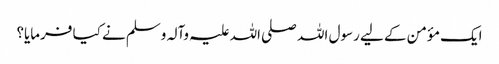
ایک مؤمن کے لیے رسول اللہ صلی اللہ علیہ وآلہ وسلم نے کیا فرمایا؟